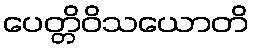
ပေတ္တိဝိသယောတိ